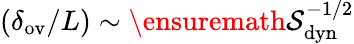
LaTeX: (\delta_{\mathrm{ov}}/L)\sim\ensuremath{\mathcal{S}}_{\mathrm{dyn}}^{-1/2}